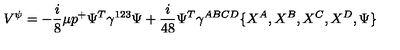
V ^ { \psi } = - { \frac { i } { 8 } } \mu p ^ { + } \Psi ^ { T } \gamma ^ { 1 2 3 } \Psi + { \frac { i } { 4 8 } } \Psi ^ { T } \gamma ^ { A B C D } \{ X ^ { A } , X ^ { B } , X ^ { C } , X ^ { D } , \Psi \}